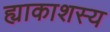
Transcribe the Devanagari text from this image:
ह्याकाशस्य